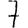
Digit: 7